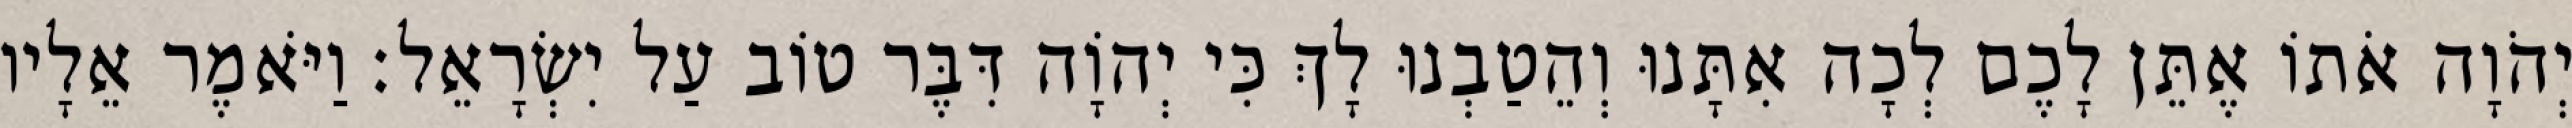
יְהֹוָה אֹתוֹ אֶתֵּן לָכֶם לְכָה אִתָּנוּ וְהֵטַבְנוּ לָךְ כִּי יְהוָֹה דִּבֶּר טוֹב עַל יִשְׂרָאֵל׃ וַיֹּאמֶר אֵלָיו